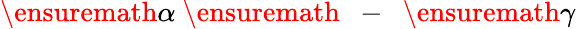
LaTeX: \ensuremath{\alpha}\mathrm{~\ensuremath~{~-~}~}\ensuremath{\gamma}